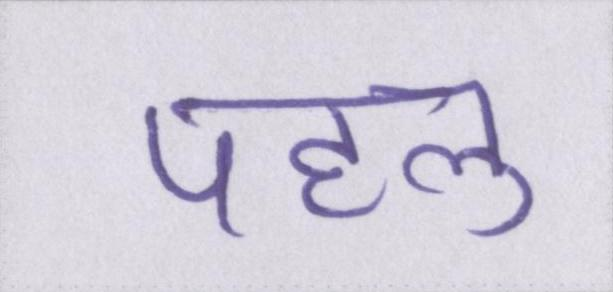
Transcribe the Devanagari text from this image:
पहलु